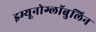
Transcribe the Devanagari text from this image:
इम्यूनोग्लॉबुलिन